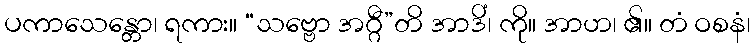
ပကာသေန္တော၊ ရကား။ “သဗ္ဗော အဂ္ဂီ”တိ အာဒိံ၊ ကို။ အာဟ၊ ၏။ တံ ဝစနံ၊